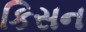
કિસન